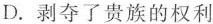
D. 剥夺了贵族的权利